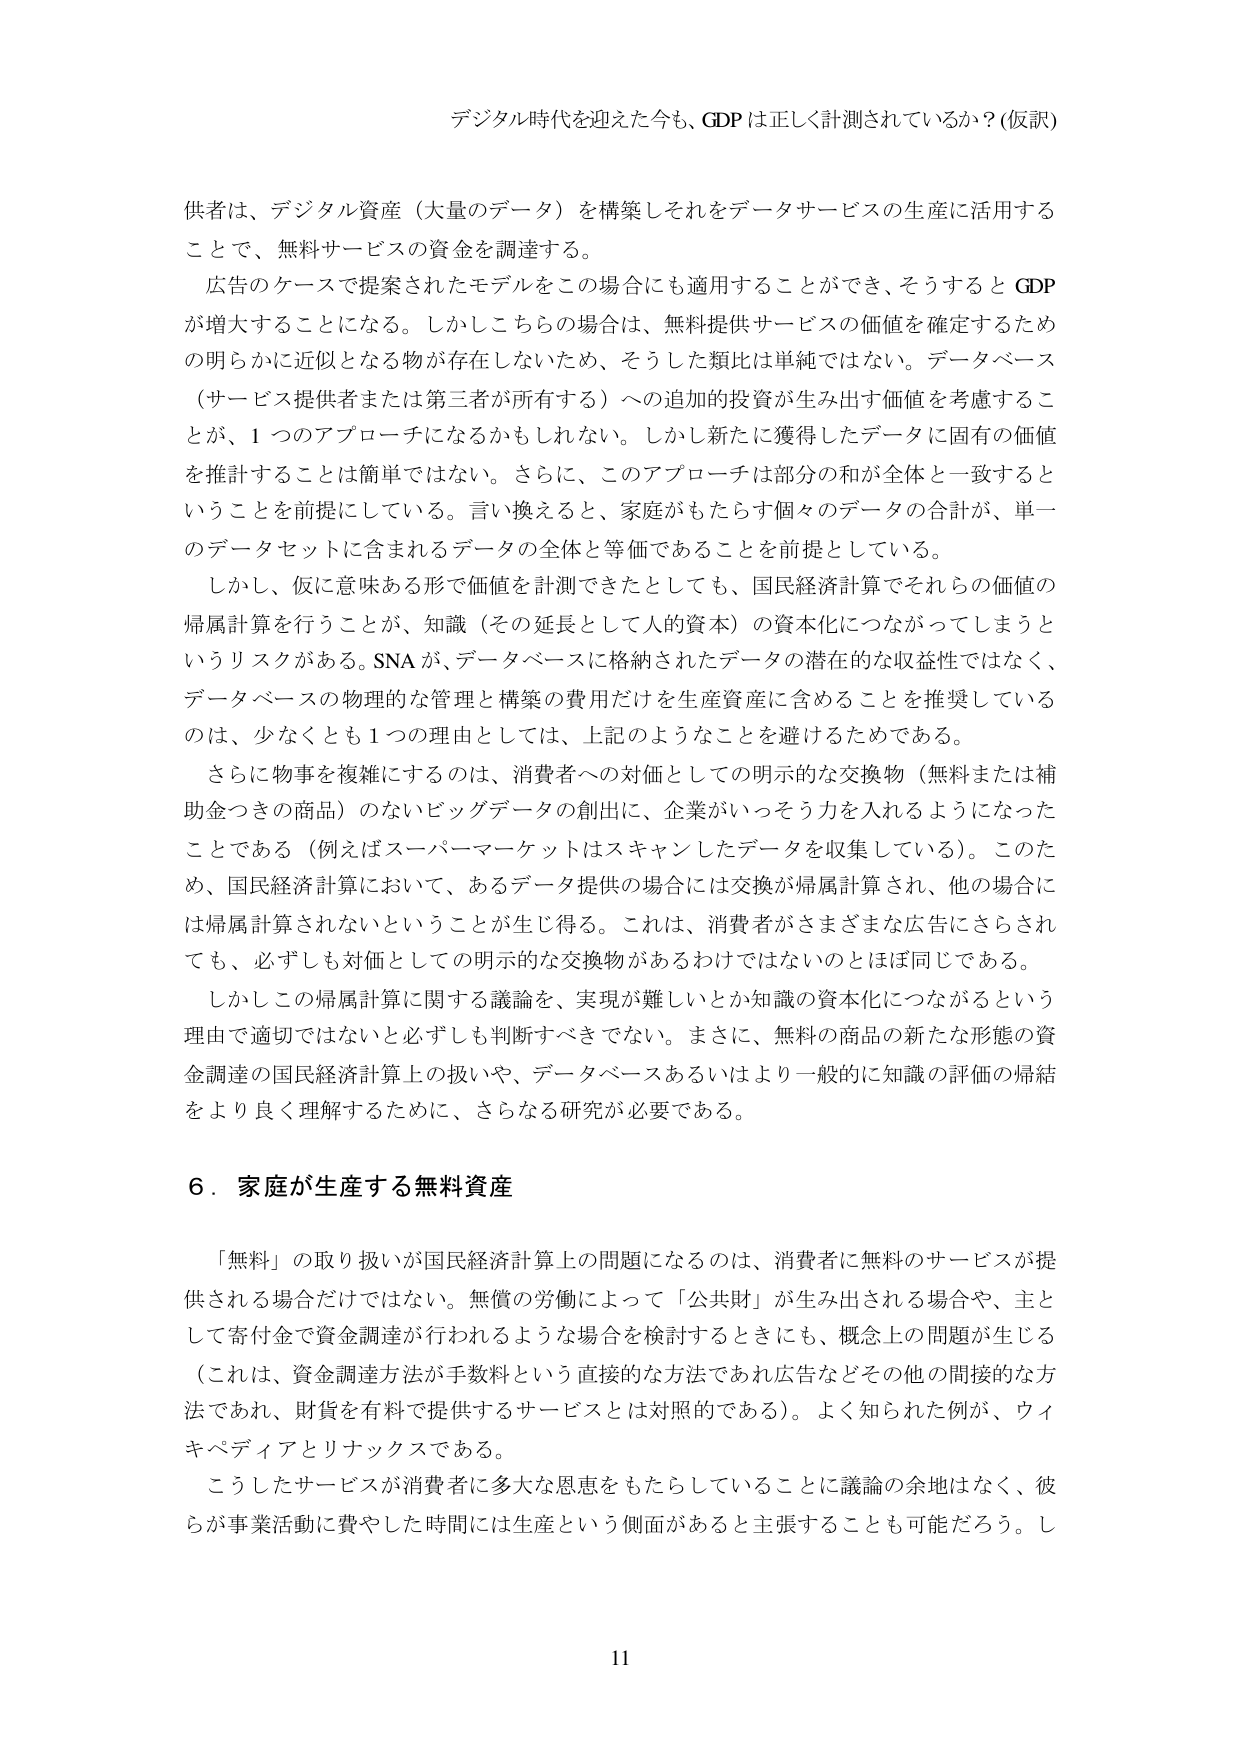
デジタル時代を迎えた今も、GDPは正しく計測されているか？（仮訳）

供者は、デジタル資産（大量のデータ）を構築しそれをデータサービスの生産に活用することで、無料サービスの資金を調達する。

広告のケースで提案されたモデルをこの場合にも適用することができ、そうするとGDPが増大することになる。しかしこちらの場合は、無料提供サービスの価値を確定するための明らかに近似となる物が存在しないため、そうした類比は単純ではない。データベース（サービス提供者または第三者が所有する）への追加的投資が生み出す価値を考慮することが、1つのアプローチになるかもしれない。しかし新たに獲得したデータに固有の価値を推計することは簡単ではない。さらに、このアプローチは部分の和が全体と一致するということを前提としている。言い換えると、家庭がもたらす個々のデータの合計が、単一のデータセットに含まれるデータの全体と等価であることを前提としている。

しかし、仮に意味ある形で価値を計測できたとしても、国民経済計算でそれらの価値の帰属計算を行うことが、知識（その延長として人的資本）の資本化につながってしまうというリスクがある。SNAが、データベースに格納されたデータの潜在的な収益性ではなく、データベースの物理的な管理と構築の費用だけを生産資産に含めることを推奨しているのは、少なくとも1つの理由としては、上記のようなことを避けるためである。

さらに物事を複雑にするのは、消費者への対価としての明示的な交換物（無料または補助金つきの商品）のないビッグデータの創出に、企業がいっそう力を入れるようになったことである（例えばスーパーマーケットはスキャンしたデータを収集している）。このため、国民経済計算において、あるデータ提供の場合には交換が帰属計算され、他の場合には帰属計算されないということが生じ得る。これは、消費者がさまざまな広告にさらされても、必ずしも対価としての明示的な交換物があるわけではないのとほぼ同じである。

しかしこの帰属計算に関する議論を、実現が難しいとか知識の資本化につながるという理由で適切ではないと必ずしも判断すべきでない。まさに、無料の商品の新たな形態の資金調達の国民経済計算上の扱いや、データベースあるいはより一般的に知識の評価の帰結をより良く理解するために、さらなる研究が必要である。

6．家庭が生産する無料資産

「無料」の取り扱いが国民経済計算上の問題になるのは、消費者に無料のサービスが提供される場合だけではない。無償の労働によって「公共財」が生み出される場合や、主として寄付金で資金調達が行われるような場合を検討するときにも、概念上の問題が生じる（これは、資金調達方法が手数料という直接的な方法であれ広告などその他の間接的な方法であれ、財貨を有料で提供するサービスとは対照である）。よく知られた例が、ウィキペディアとリナックスである。

こうしたサービスが消費者に多大な恩恵をもたらしていることに議論の余地はなく、彼らが事業活動に費やした時間には生産という側面があると主張することも可能だろう。し

11